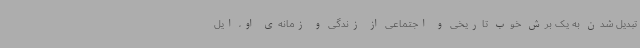
تبدیل شدن به یک برش خوب تاریخی و اجتماعی از زندگی و زمانه‌ی او، ایل